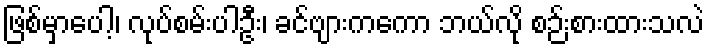
ဖြစ်မှာပေါ့၊ လုပ်စမ်းပါဦး၊ ခင်ဗျားကကော ဘယ်လို စဉ်းစားထားသလဲ